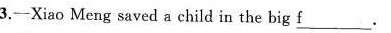
3.-Xiao Meng saved a child in the big \underline{f}.